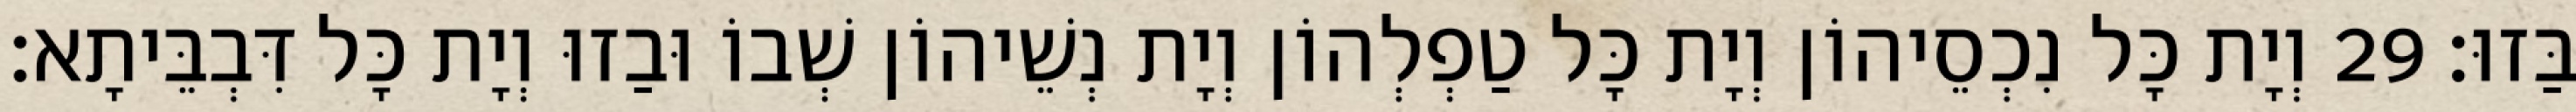
בַּזוּ׃ 29 וְיָת כָּל נִכְסֵיהוֹן וְיָת כָּל טַפְלְהוֹן וְיָת נְשֵׁיהוֹן שְׁבוֹ וּבַזוּ וְיָת כָּל דִּבְבֵּיתָא׃